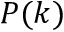
P ( k )